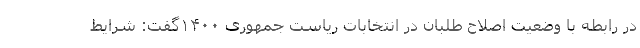
در رابطه با وضعیت اصلاح طلبان در انتخابات ریاست جمهوری ۱۴۰۰گفت: شرایط